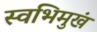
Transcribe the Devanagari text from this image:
स्वभिमुखं